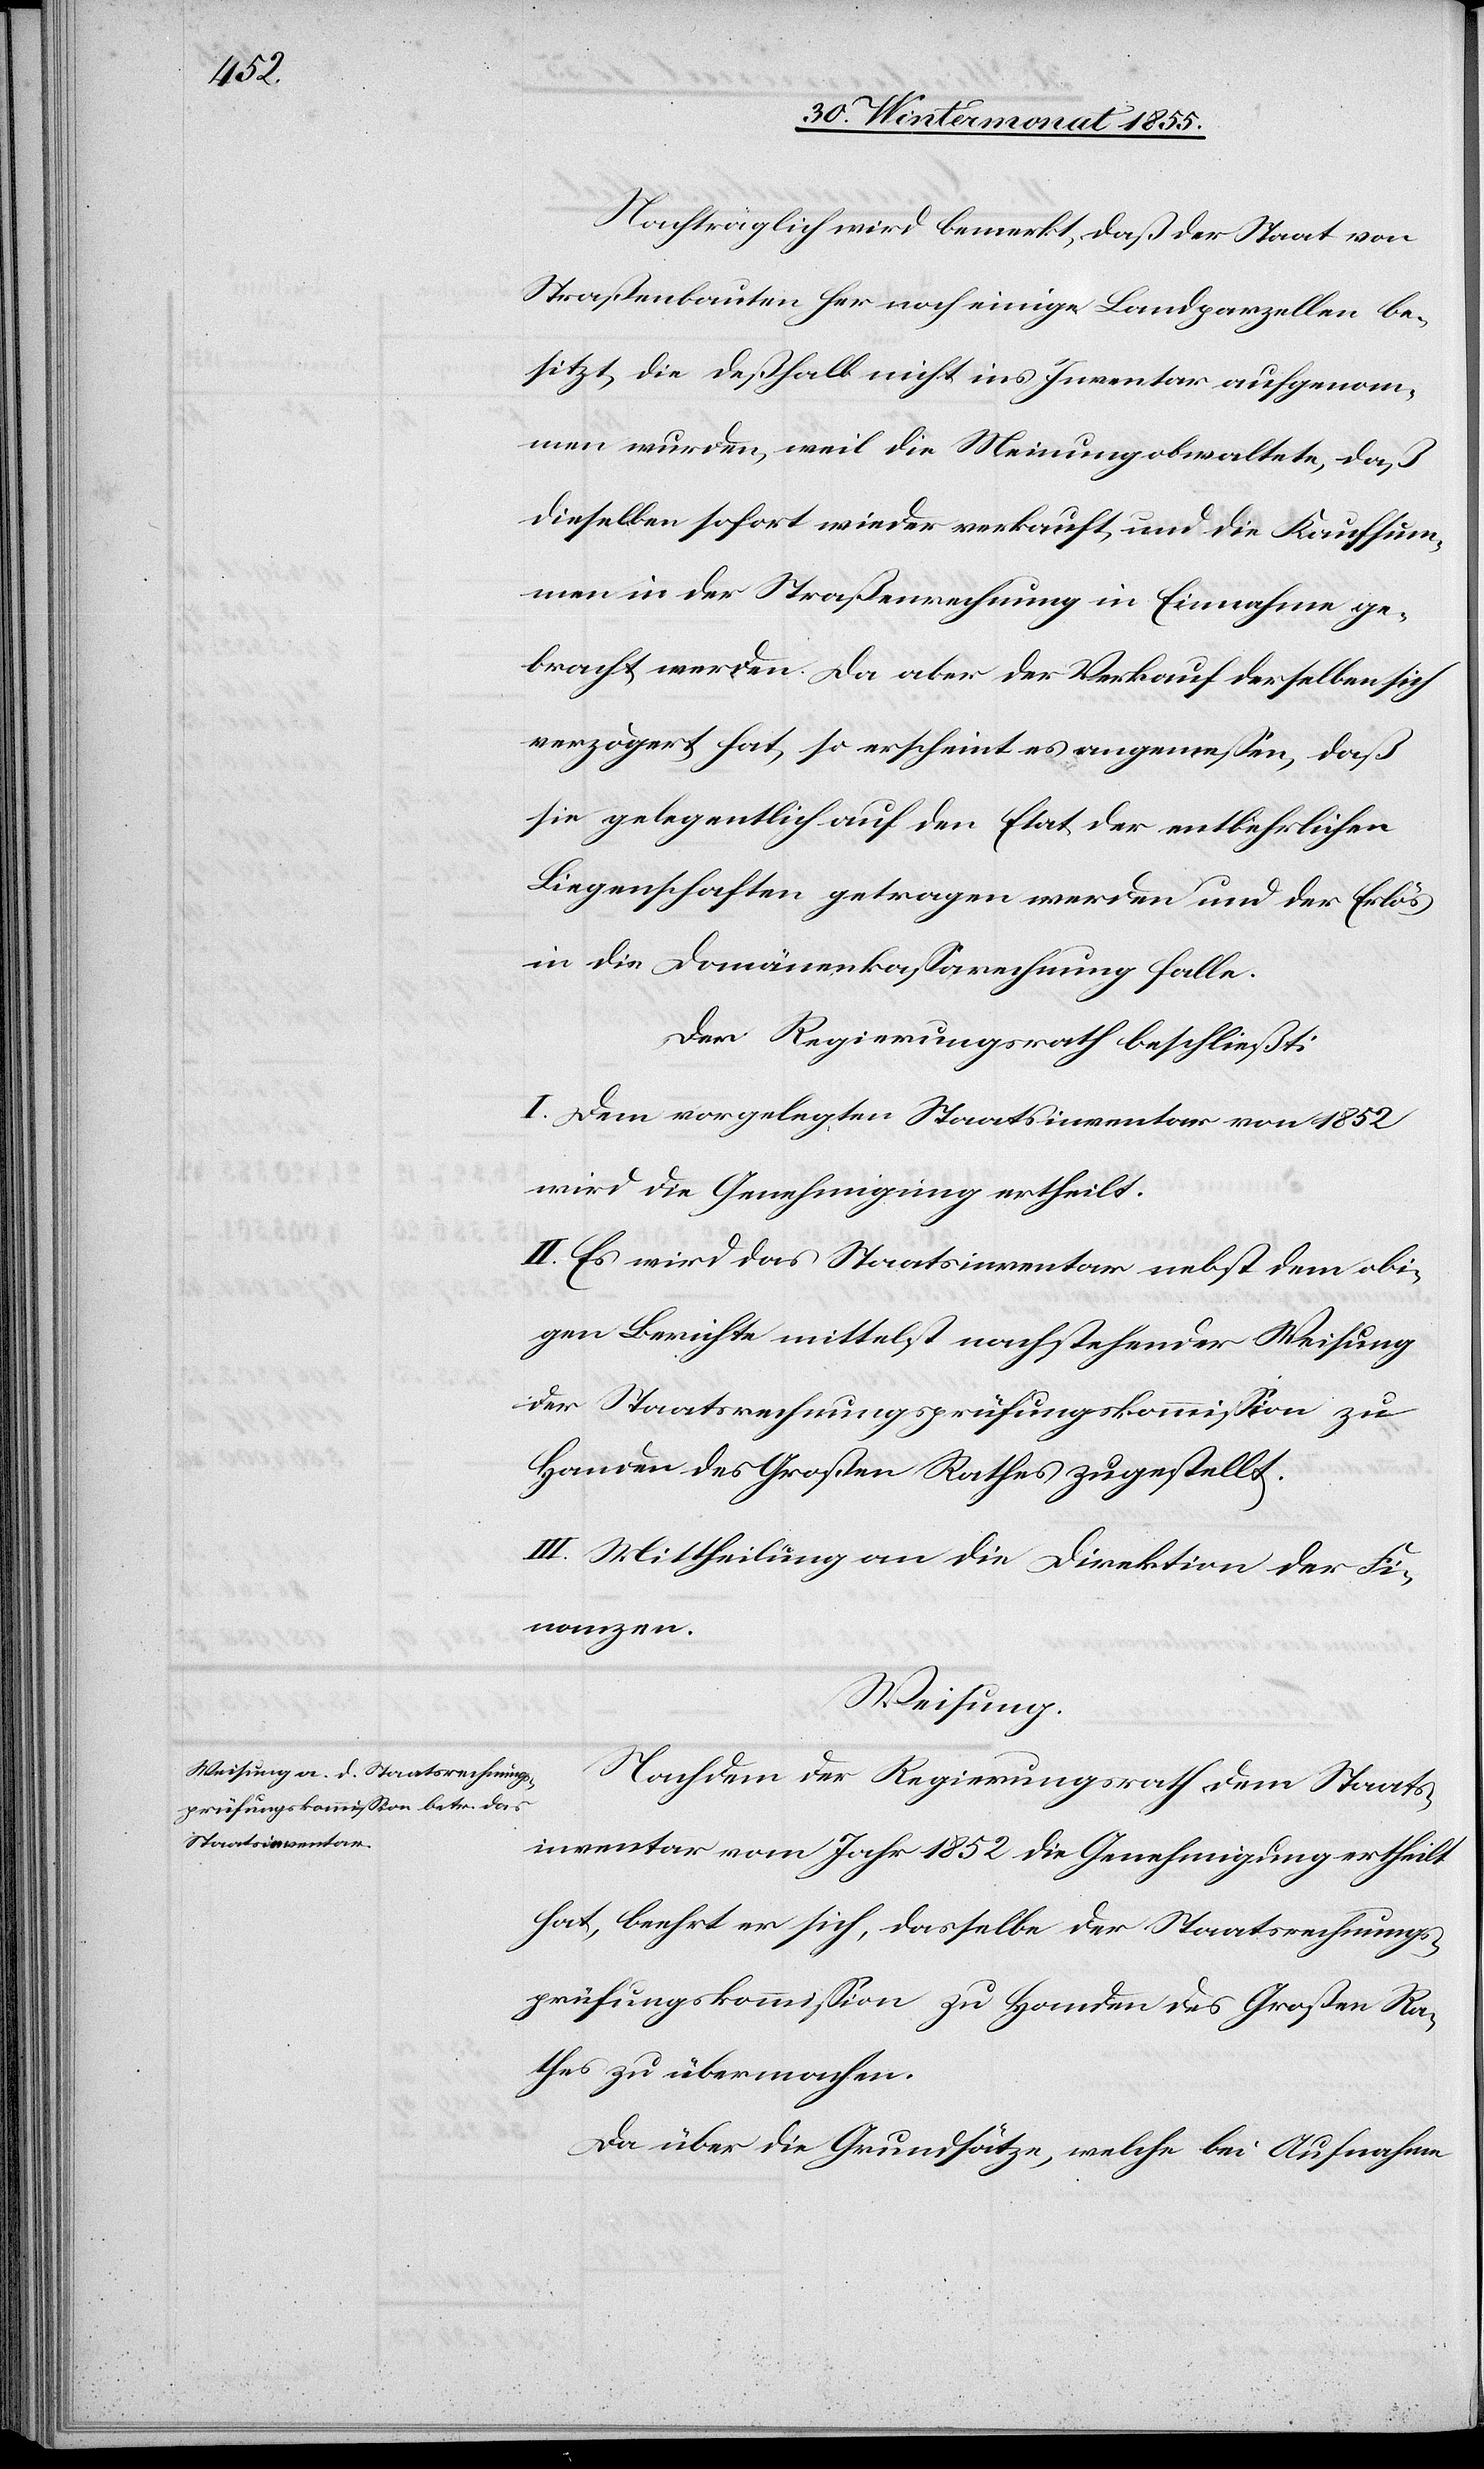
Nachtraglich wird bemerkt, daß der Staat von
Straßenbauten her noch einige Landparzellen be¬
sitzt, die deßhalb nicht ins Inventar aufgenom¬
men wurden, weil die Meinung obwaltete, daß
dieselben sofort wieder verkauft, und die Kaufsum¬
men in der Straßenrechnung in Einnahme ge¬
bracht werden. Da aber der Verkauf derselben sich
verzögert hat, so erscheint es angemessen, daß
sie gelegentlich auf den Etat der entbehrlichen
Liegenschaften getragen werden und der Erlös
in die Domänenkassarechnung falle.
Der Regierungsrath beschließt:
I. Dem vorgelegten Staatsinventar von 1852
wird die Genehmigung ertheilt.
II. Es wird das Staatsinventar nebst dem obi¬
gen Berichte mittelst nachstehender Weisung
der Staatsrechnungsprüfungskommission zu
Handen des Großen Rathes zugestellt.
III. Mittheilung an die Direktion der Fi¬
nanzen.
Weisung.
Nachdem der Regierungsrath dem Staats¬
inventar vom Jahr 1852 die Genehmigung ertheilt
hat, beehrt er sich, dasselbe der Staatsrechnungs¬
prüfungskommission zu Handen des Großen Ra¬
thes zu übermachen.
Da über die Grundsätze, welche bei Aufnahme